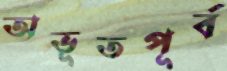
অভূতপূর্ব